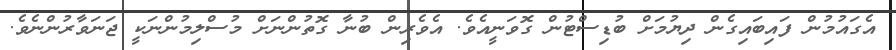
އެގައުމުން ފައިބައިގެން ދިޔުމަށް ބުޑިސްޓުން ގޮވަނީއެވެ. އެވެރިން ބުނާ ގޮތުންނަށް މުސްލިމުންނަކީ ޖަނަވާރުންނެވެ.